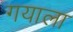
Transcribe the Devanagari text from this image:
गयाला